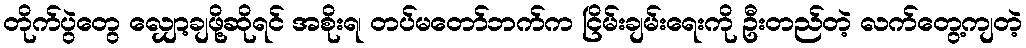
တိုက်ပွဲတွေ လျှော့ချဖို့ဆိုရင် အစိုးရ၊ တပ်မတော်ဘက်က ငြိမ်းချမ်းရေးကို ဦးတည်တဲ့ လက်တွေ့ကျတဲ့